Annual administration report of the Civil Veterinary Department, Ajmere-Merwara, British Rajputana - 1914-1940
Year: 1914
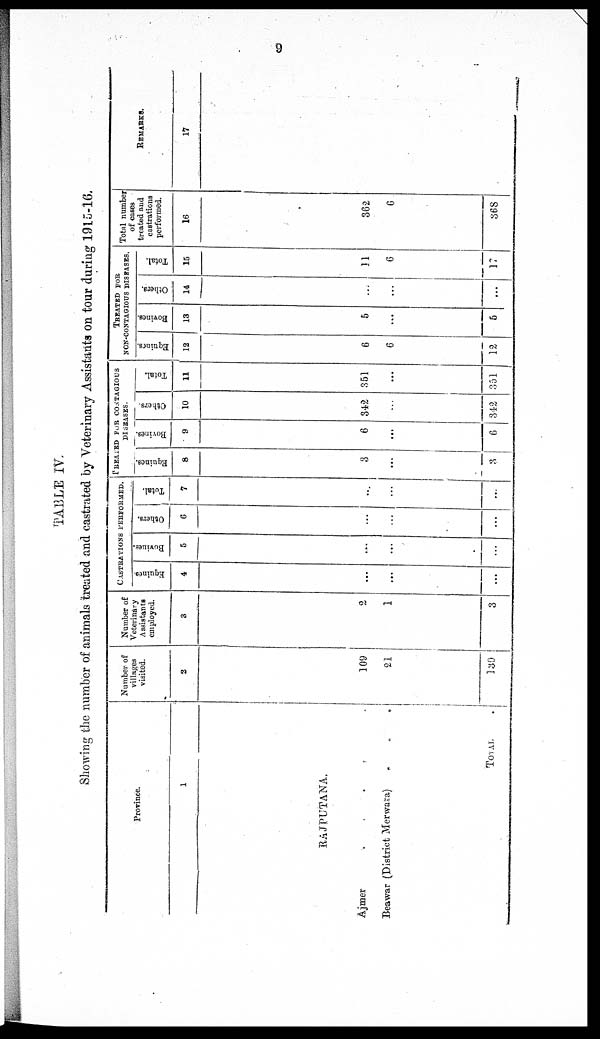
9
TABLE IV
Showing the number of animals treated and castrated by Veterinary Assistants on tour during 1915-16.
Province.
1
RAJPUTANA.
Ajmer
.
.
.
Beawar (District Merwara)
.
.
.
Total .
Number of
villages
visited.
2
109
21
130
Number of
Veterinary
Assistants
employed.
3
2
1
3
CASTRATIONS
PERFORMED.
Equines.
4
...
...
...
Bovines.
5
...
...
...
Others.
6
...
...
...
Total.
7
...
...
...
PREATED FOR CONTAGIOUS
DISEASES.
Equines.
8
3
...
3
Bovines.
9
6
...
6
Others.
10
342
...
342
Total.
11
351
...
351
TREATED FOR
NON-CONTAGIOUS DISEASES.
Equines.
12
6
6
12
Bovines.
13
5
...
5
Others.
14
...
...
...
Total.
15
11
6
17
Total number
of cases
treated and
castrations
performed.
16
362
6
368
REMARKS.
17